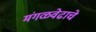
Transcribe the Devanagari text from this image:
मंगळवेढाचे